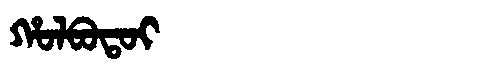
Manchu: ᡥᠣᠯᠪᠣᡨᠣᡳ
Romanization: HOLBOTOI